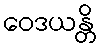
ဝေဒယန္တိ